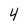
Character: 4